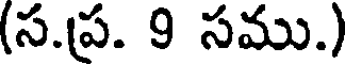
(స.ప్ర. 9 సము.)